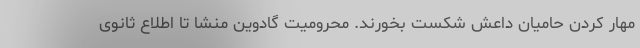
مهار کردن حامیان داعش شکست بخورند. محرومیت گادوین منشا تا اطلاع ثانوی